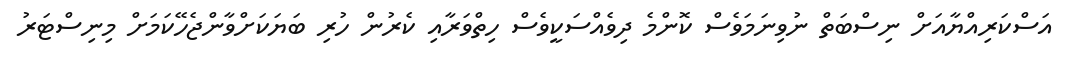
އަސްކަރިއްޔާއަށް ނިސްބަތް ނުވިނަމަވެސް ކޮންމެ ދިވެއްސަކީވެސް ހިތްވަރާއި ކެރުން ހުރި ބަޔަކަށްވާންޖެހޭކަމަށް މިނިސްޓަރު